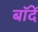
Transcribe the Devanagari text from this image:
बॉदें